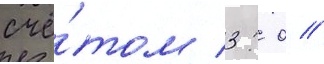
счё́том 3: 0 //